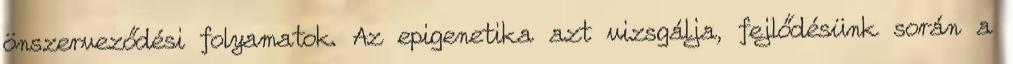
önszerveződési folyamatok. Az epigenetika azt vizsgálja, fejlődésünk során a